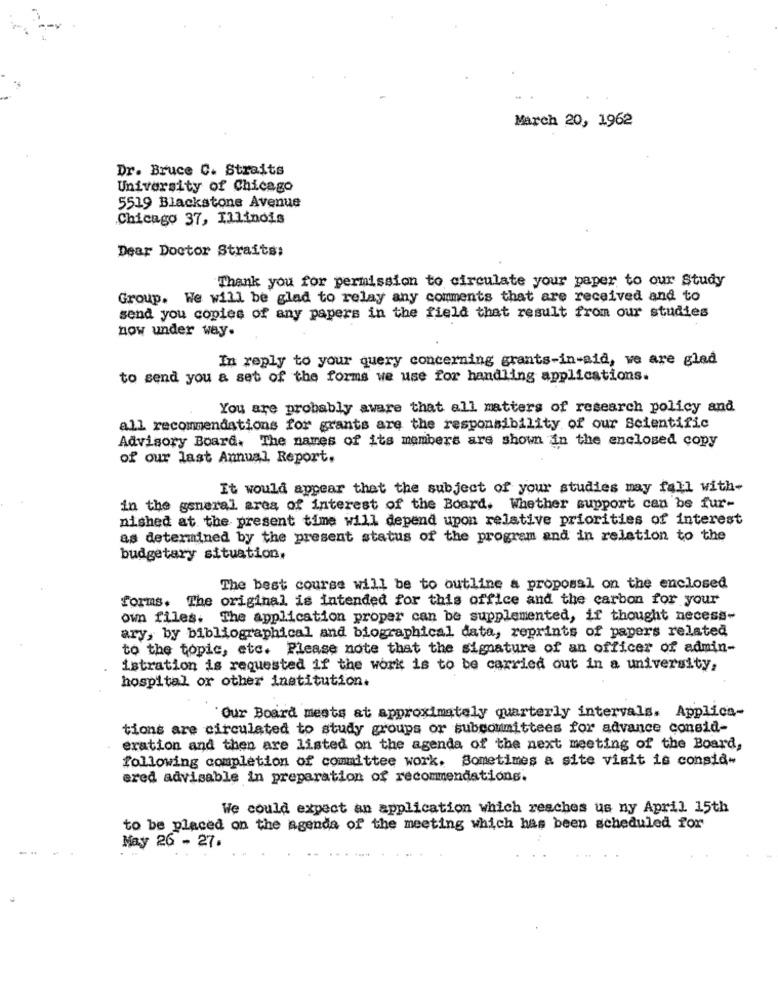
March 20, 1962
Dr. Bruce C. Straits
University of Chicago
5519 Blackstone Avenue
Chicago 37, Illinois
Dear Doctor Straits:
Thank you for permission to circulate your paper to our Study
Group. We will be glad to relay any comments that are received and to
send you copies of any papers in the field that result from our studies
now under way.
In reply to your query concerning grants-in-aid, we are glad
to send you a set of the forms we use for handling applications.
You are probably aware that all matters of research policy and
all recommendations for grants are the responsibility of our Scientific
Advisory Board. The names of its members are shown in the enclosed copy
of our last Annual Report.
It would appear that the subject of your studies may fall with-
in the general area of interest of the Board, Whether support can be fur-
nished at the present time will depend upon relative priorities of interest
as determined by the present status of the program and in relation to the
budgetary situation,
The best course will be to outline a proposal on the enclosed
forms. The original is intended for this office and the carbon for your
own files. The application proper can be supplemented, if thought necess-
ary, by bibliographical and biographical data, reprints of papers related
to the topic, etc. Please note that the signature of an officer of admin-
istration is requested if the work is to be carried out in a university.
hospital or other institution.
Our Board ments at approximately quarterly intervals. Applica-
tions are circulated to study groups or subcommittees for advance consid-
eration and then are listed on the agenda of the next meeting of the Board,
following completion of committee work. Sometimes a site visit is consia-
ered advisable in preparation of recommendations.
We could expect an application which reaches us ny April 15th
to be placed on the agenda of the meeting which has been scheduled for
May 26 - 27.